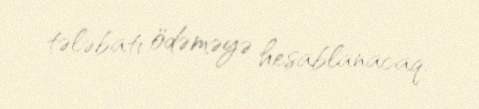
tələbatı ödəməyə hesablanacaq.